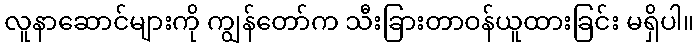
လူနာဆောင်များကို ကျွန်တော်က သီးခြားတာဝန်ယူထားခြင်း မရှိပါ။